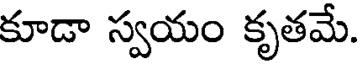
కూడా స్వయం కృతమే.